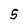
Character: 5